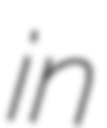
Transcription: in